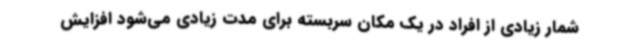
شمار زیادی از افراد در یک مکان سربسته برای مدت زیادی می‌شود افزایش